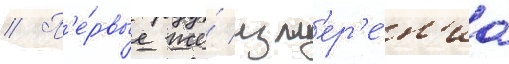
// П'е́рвые же́ изм'ер'е́н'иа